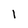
Character: l